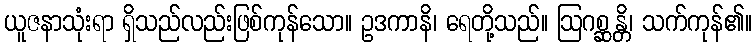
ယူဇနာသုံးရာ ရှိသည်လည်းဖြစ်ကုန်သော။ ဥဒကာနိ၊ ရေတို့သည်။ ဩဂစ္ဆန္တိ၊ သက်ကုန်၏။